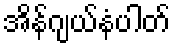
အိန်ဂျယ်နံပါတ်